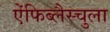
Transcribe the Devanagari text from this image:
ऐंफिब्लैस्चुला